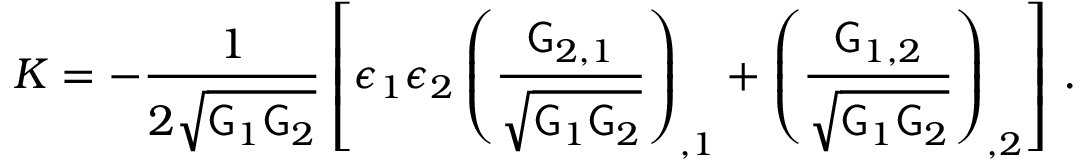
K = - \frac { 1 } { 2 \sqrt { \mathsf { G } _ { 1 } \mathsf { G } _ { 2 } } } \left[ \epsilon _ { 1 } \epsilon _ { 2 } \left( \frac { \mathsf { G } _ { 2 , 1 } } { \sqrt { \mathsf { G } _ { 1 } \mathsf { G } _ { 2 } } } \right) _ { , 1 } + \left( \frac { \mathsf { G } _ { 1 , 2 } } { \sqrt { \mathsf { G } _ { 1 } \mathsf { G } _ { 2 } } } \right) _ { , 2 } \right] \, .